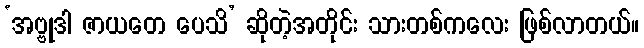
‘အဗ္ဗုဒါ ဇာယတေ ပေသိ’ ဆိုတဲ့အတိုင်း သားတစ်ကလေး ဖြစ်လာတယ်။